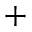
+